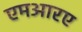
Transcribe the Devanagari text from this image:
एमआरए